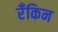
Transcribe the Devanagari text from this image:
रँकिन